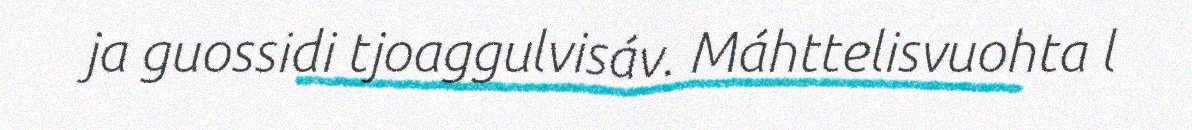
ja guossidi tjoaggulvisáv. Máhttelisvuohta l